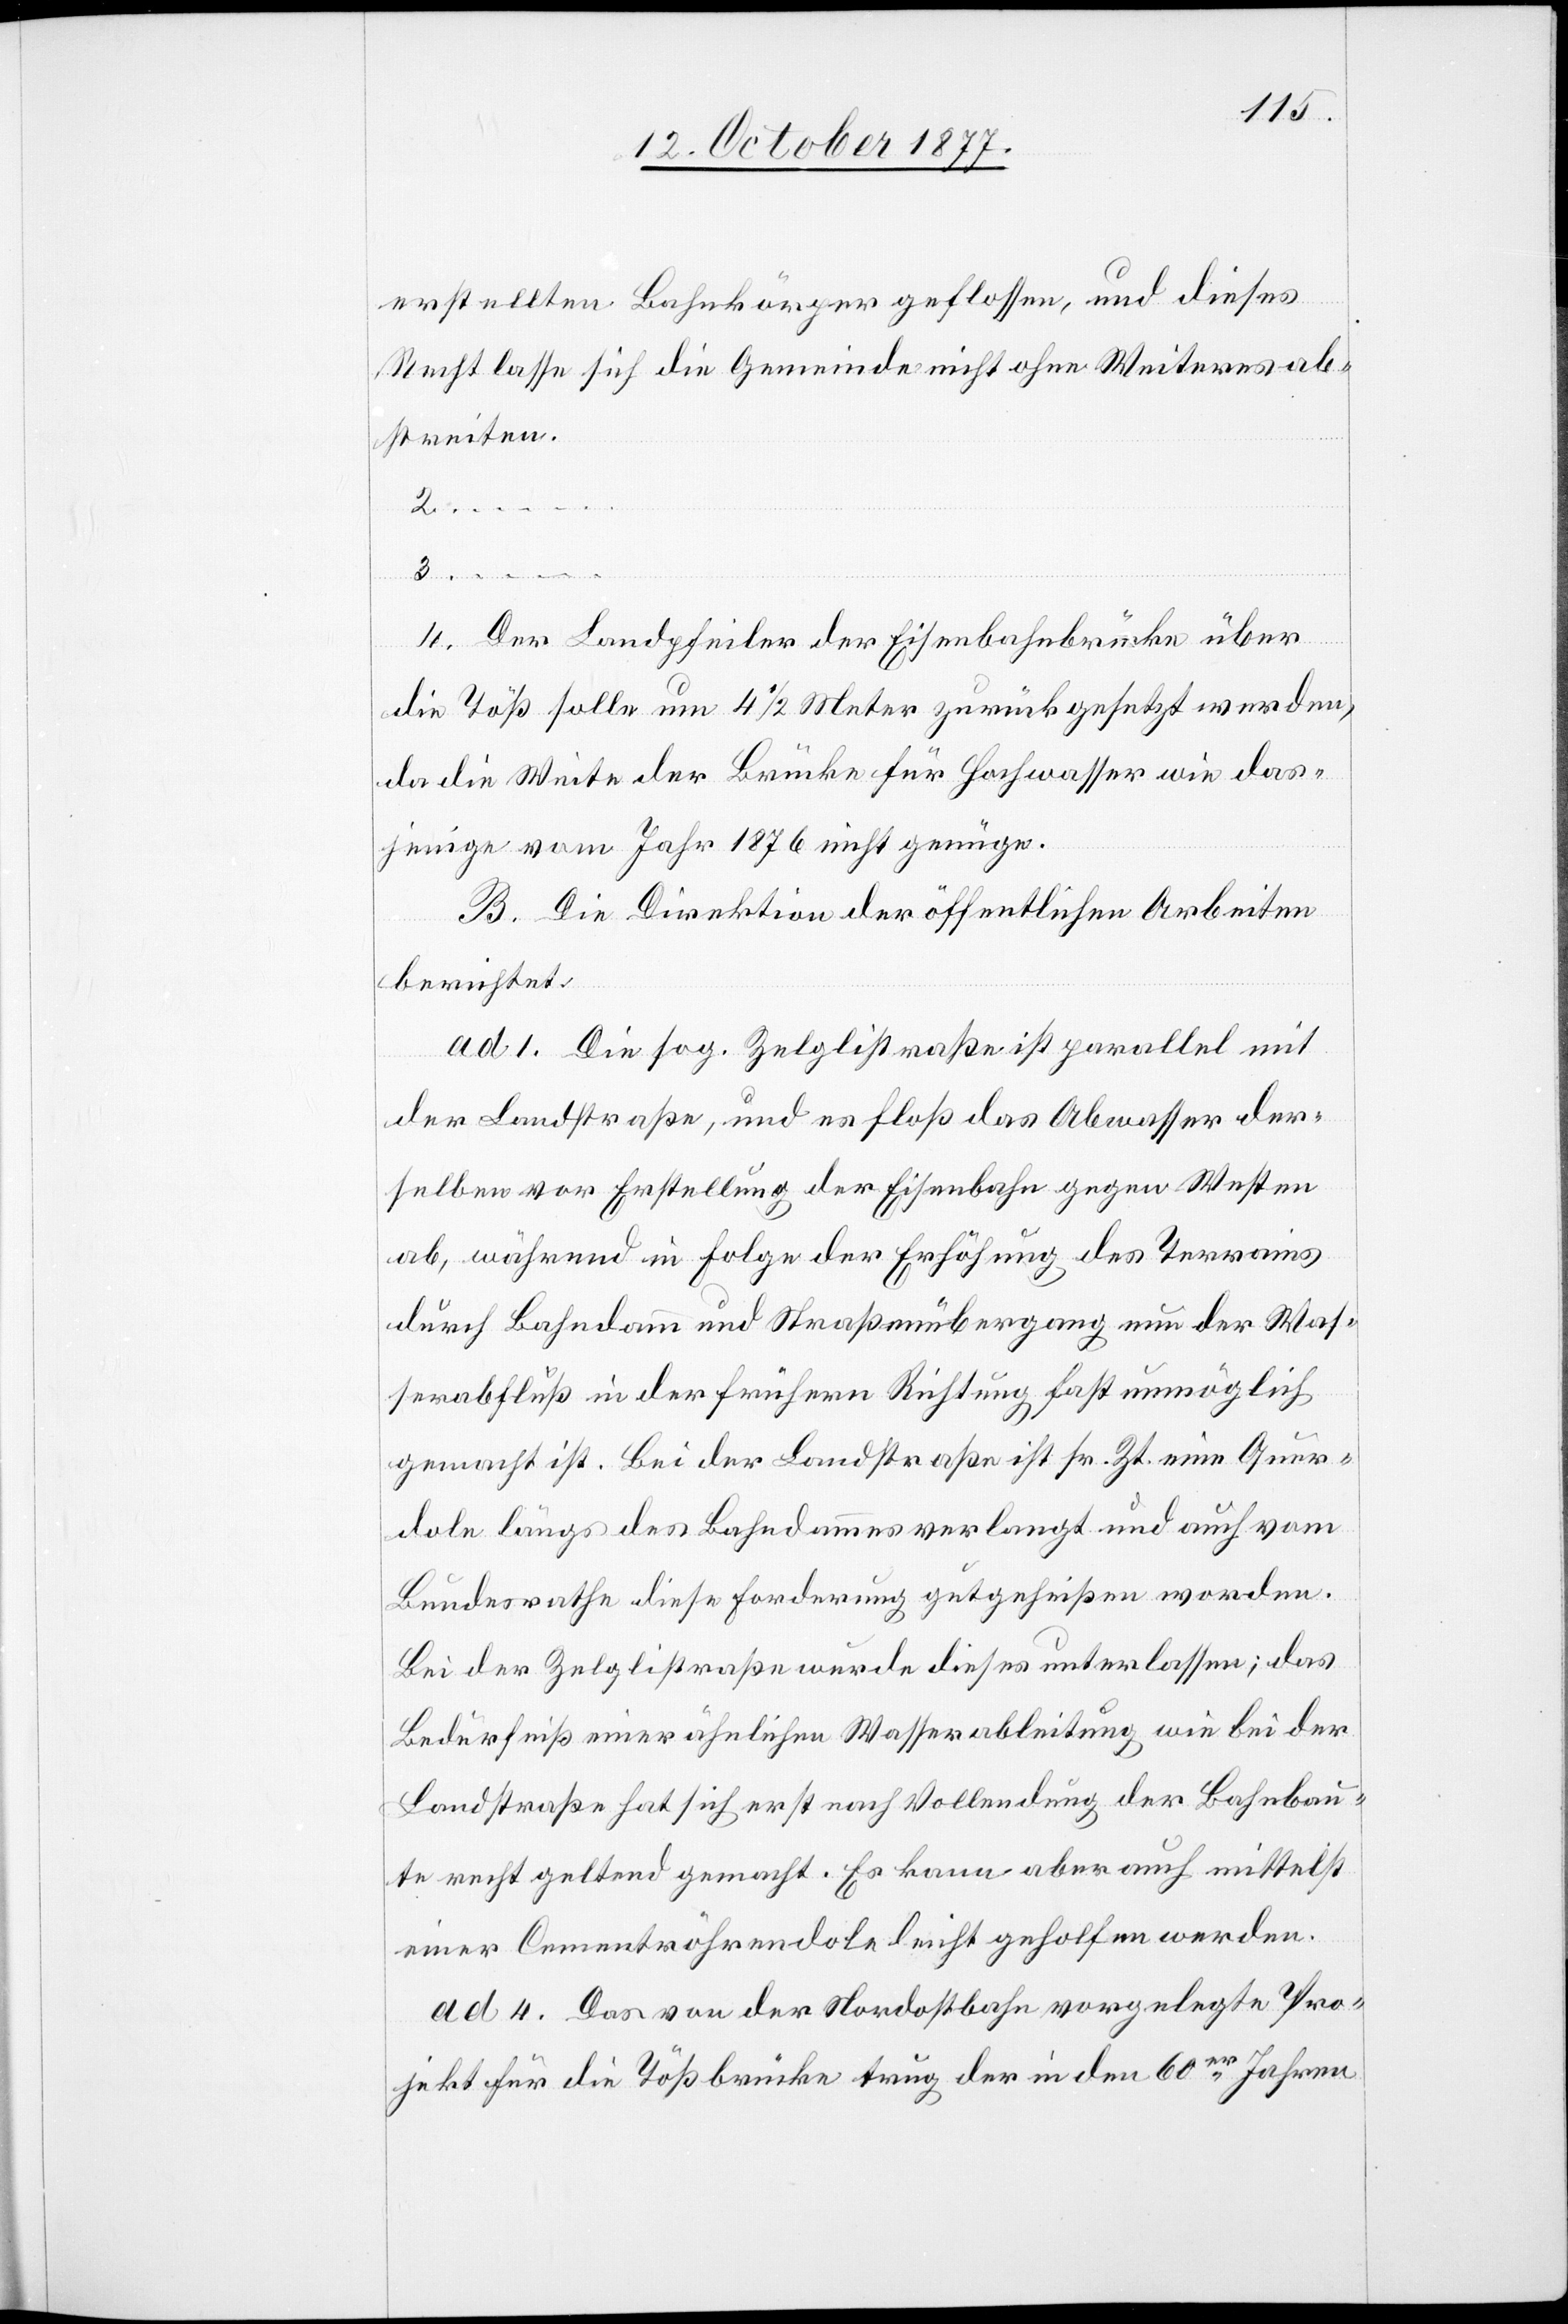
erstellten Bahnkörper geflossen, und dieses
Recht lasse sich die Gemeinde nicht ohne Weiteres ab¬
streiten.
2.
3. …
4. Der Landpfeiler der Eisenbahnbrücke über
die Töß solle um 4 1/2 Meter zurückgesetzt werden,
da die Weite der Brücke für Hochwasser wie das¬
jenige vom Jahr 1876 nicht genüge.
B. Die Direktion der öffentlichen Arbeiten
berichtet:
ad 1. Die sog. Zelglistraße ist parallel mit
der Landstraße, und es floß das Abwasser der¬
selben vor Erstellung der Eisenbahn gegen Westen
ab, während in Folge der Erhöhung des Terrains
durch Bahndamm und Straßenübergang nun der Was¬
serabfluß in der frühern Richtung fast unmöglich
gemacht ist. Bei der Landstraße ist sr. Zt. eine Quer¬
dole längs des Bahndammes verlangt und auch vom
Bundesrathe diese Forderung gutgeheißen worden.
Bei der Zelglistraße wurde dieses unterlassen; das
Bedürfniß einer ähnlichen Wasserableitung wie bei der
Landstraße hat sich erst nach Vollendung der Bahnbau¬
te recht geltend gemacht. Es kann aber auch mittelst
einer Cementröhrendole leicht geholfen werden.
ad 4. Das von der Nordostbahn vorgelegte Pro¬
jekt für die Tößbrücke trug der in den 60er Jahren